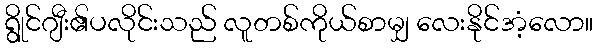
ရွိုင်ဂျီး၏ပလိုင်းသည် လူတစ်ကိုယ်စာမျှ လေးနိုင်အံ့လော။